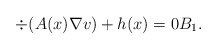
\begin{align*}\div(A(x) \nabla v) + h(x) = 0 B_1.\end{align*}